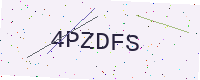
Text: 4PZDFS